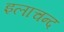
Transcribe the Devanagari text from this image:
इलाचन्द